system: You are a helpful assistant.
user:
Analyze the provided spectrum to determine if it is a **M-type Giant (gM)**.

A M-type Giant spectrum is defined by its **strong molecular absorption** features, particularly from **Titanium Oxide (TiO)**. You must check for one of the following mutually exclusive signatures:

- **Key Visual Indicators (Absorption-Dominated Spectrum):**

    - **(Primary):** The spectrum is dominated by strong molecular absorption from **Titanium Oxide (TiO)**. This is the **defining feature** of its M-type temperature class.
        - **(Key Bandheads):** Look for sharp, "saw-tooth" absorption valleys. The strongest are located near **~7050 Å**, **~6160 Å**, and **~5170 Å**.
        - **(Line Profile):** The "saw-tooth" morphology is critical: a **sharp, steep drop on the BLUE (short-wavelength) side** of the bandhead, followed by a gradual recovery (rising flux) towards the RED (long-wavelength) side.

    - **(Key Confirmation - Giant vs. Dwarf):** **ABSENCE** of strong **Calcium Hydride (CaH)** molecular bands. This is the primary diagnostic for *excluding* M-dwarfs.
        - **(Key Region):** The spectrum should lack the strong, broad absorption band seen in dwarfs between **~6800 Å and ~7000 Å**.

    - **(Secondary Confirmation - Giant):** A very strong and broad **Neutral Calcium (Ca I)** atomic absorption line.
        - **(Key Line):** Located at **~4226 Å**. In a giant (gM), this line is significantly deeper and broader than the same line in an M-dwarf (dM) due to low surface gravity.

    - **(Overall Spectrum):**
        - The continuum is **extremely red-sloping** (i.e., flux is very low in the blue and rises dramatically towards the red).
        - The entire spectrum appears "chopped up" by the deep TiO bands.

Think first, call **spectral_visualization_tool** if needed to examine features in detail, then provide your final answer. Your response must adhere to the following strict rules:
1.  **Overall Structure:** Your response must follow the format `<think>...</think> <tool_call>...</tool_call> (if a tool is used) <answer>...</answer>`.
2.  **Tool Usage Constraint:** You may only make **one** tool call per turn.
3.  **Final Answer Format:** In the `<answer>` tag, your conclusion must be inside a `\boxed{}` command (e.g., `\boxed{YES}` or `\boxed{NO}`), followed by your justification.

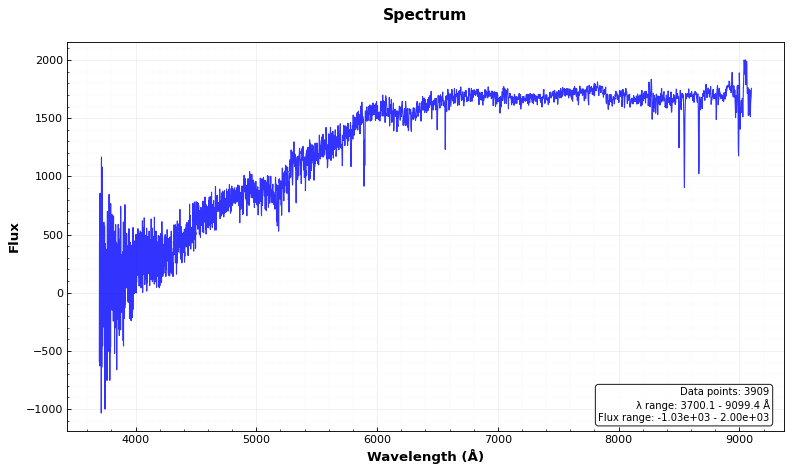
Answer: NO